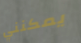
يمكنني